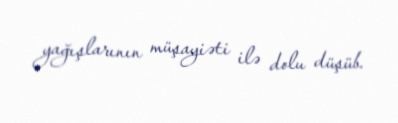
yağışlarının müşayiəti ilə dolu düşüb.